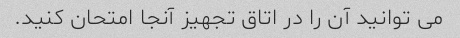
می توانید آن را در اتاق تجهیز آنجا امتحان کنید.